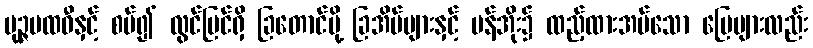
ပုဉ္ဇပထဝီနှင့် စပ်၍ လွင်ပြင်ရှိ ခြတောင်ပို့ ခြအိမ်များနှင့် ပန်အိုး၌ ထည့်ထားအပ်သော မြေများလည်း